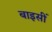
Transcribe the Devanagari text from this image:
बाइसीं